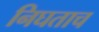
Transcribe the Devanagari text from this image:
निघताच